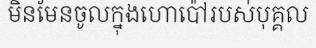
មិនមែនចូលក្នុងហោប៉ៅរបស់បុគ្គល